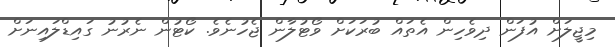
މިޖީލަށް އުފަން ދިވެހިން އެތައް ބުރަކަށް ވޯޓުލާން ޖެހުނެވެ. ކޯޓުން ނެރުނު ގައިޑްލައިނަށް